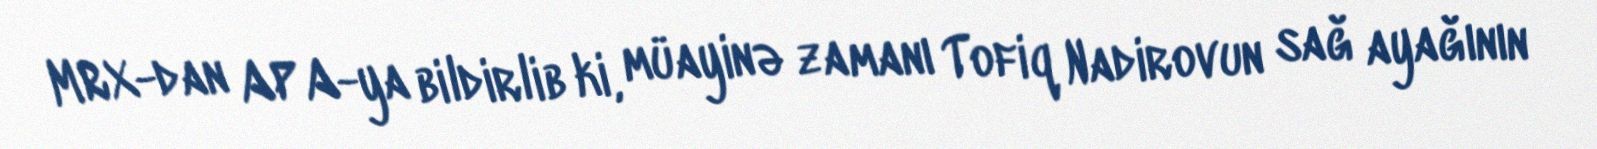
MRX-dan APA-ya bildirlib ki, müayinə zamanı Tofiq Nadirovun sağ ayağının